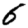
Digit: 6